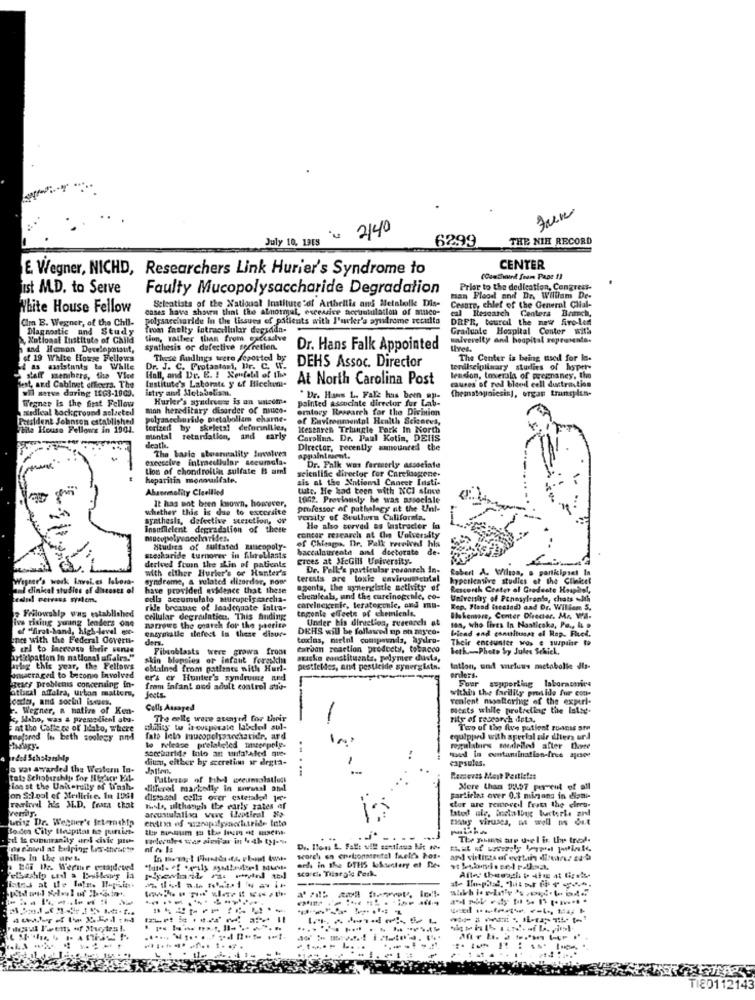
Jun
= 2140
July 10, 13ES
6299
THE NIH RECORD
E. Wegner, NICHD, Researchers Link Hurier's Syndrome to
CENTER
(Canthuurd from Pape 1)
ist M.D. to Serve
Faulty Mucopolysaccharide Degradation
Prior to the dedication, Congress-
Scientists of the Xatioual Institute of Arthellis and Metalolle Dis-
man Flood and Dr. William De-
White House Fellow
cases have shown that the abnormal, excessive accuutulation of minco-
Cesare, chief of the General Glial-
polysaccharide in the tissues of patients with l'ueler's ayudrome seculto
DRFR, tourel the new firo-led
cal Research Centera Bench,
Cim E. Wegner, of the Chil-
Diagnostic and Study
from fhelty latracelular dopsdda-
Graduale Hospital Center with
National Institute of Child
tion, rather than from gaecasve
univerelty and hospital representa-
synthesis or defective serretion.
Dr. Hans Falk Appointed
Ives.
of 19 White House Fellows
These findings were feposted by
DEHS Assoc. Director
The Center is being used for In-
4 as assistants to Walle
Dr. J. C. Frotaatari, Bir. C. W.
terdisciplinary studies of hisper-
laff members, the Vice
Institute's Laborte y of Hicehun-
Hall, and De. E. ! Senfeld of the
At North Carolina Post
causes of red blood cell ductraction
tension, toverala of pregnancy, the
fest, and Cabinet effeers. The
wil serve during 1863-1960.
istry and Metabolism.
(hematopoiesis), organ transplan-
Wegner is the first Fellow
Hurler's syadresse is on watconte
painted associate director fur Lab-
" Dr. Hans L. Falz has been ap-
medieal background solveted
mon hereditary disorder of niuco-
oratory Research for the Division
Patsident Johnson established
polyancchoride Dietabolism chame-
of Environmental Health Sciences,
tila House Fellows in 1904.
terized by skeletal defurnilies,
Kesenren Trlungle Fork In North
mental retardation, and early
Carolina. Dr. Paul Kotin, DELS
death.
The basic stoareality frealves
Director, recently announced the
excessive intracellular secumola.
appointment.
Lios of chondroitin sulfate B url
scientific director for Carelusogene-
Dr. Falk was formerly associate
heparitin monowilfate.
sis al the National Cancer Insti-
Abuenmolity Cleellied
tute. He had been with NCI since
It has not been known, however,
1002. Previously he was associale
whether this is due to excersite
professor of pathology at the Unt-
synthesis, defective sterction, or
vensity of Southern California.
insufllelent degradation of thete
Ho also served as fastracter in
contar research at Che Volversity
of Chicago. Dr. Falk received his
Studies of sulfated zincopoly-
baccalaureate and doctorate de-
stesharide turnorer in Abreblasts
grees at JEcGill University-
derived from the skin of patients
with either Hurler's or Hunter's
Dr. Fell's particular rosanreh in-
Robert A. Wilson, a participant In
Wegner's work inveLes labora-
syndrome, a related dizorder, nowe
terests are loxle enviroutetial
hypertensive studies of the Clinicel
amd dinical studies of diseases of
have provided evidence that these
agents, the syrieneistie activity of
Rescorch Center of Credente Heaphel,
cesiuel veivass system.
edla accumulalo aucuneissaccha-
chemicals, und the cureinogchle, co-
University of Pennsylrento, chats with
Fellowship was e
rile breaaac of laadequate falta-
carelnegenic, teratogenic, and ma-
togente effects of chemicals.
Rep. Fland frestad) and Dr. William 5.
Ive rising young lenders one
cellular degralatien, This finding
Under his direction, research at
Blakemare, Center Director. Ma Wa.
of "firat-band, high-level -
marrows the coareh for the petite
enzypialle alefest In these disur-
DEHS will be followed up on nis co-
san, who lives In Nosticake, Pa ., & o
biend and canutituant of Hap. Flet,
ine with the Federal Ooverti-
ders.
toxins, meinl compounds, ayslro-
Their encounter wos e surprise to
url to Increase their sense
Fibroblasts were grown from
caroon reaction prodecty, tobacco
Beth-Photo Sy Jules Schick,
anticipation In national affairs.""
skin blepsies or infaut foreskin
sticks constituants. polymer dusta,
urlg this year, the Fellows
obtained from patients with Hurl-
pesticides, and pesticide synergists.
tation, und warluus metabolle dis-
umacra ged to becomo involved
ers er Hunter's syndrome ned
orders.
Four supporting laboraomics
geary problems concering in-
atbral affaira, urban matters,
from infant and adult control she-
within the farilily provide fur con-
dudas, and social issues.
Jects.
venient montering of the experi-
. Wegner, a native of Ken-
Cells Assayed
Ments while protecting the lateg.
<, Maho, was a premodienl atu-
The cells were suayrd for their
-
rity of research deta.
Fat tho Calle ce of Idato, where
aimility w inovapirate labeled sul-
Two of the five patient runas are
nefared lis beth soology and
fato leto mucopolysaccharide, ard
-
equipped with aperfal oir dhier ord
saccharide into an tufatafed que-
to release prelabeled museepele.
regulaburs mediriled after Date
vocale
dium, either by secretion ir degta-
wowdin euntanination-free
capsules.
o was awarded the Western In.
Jatien,
.....
tat: Schoberships for Itvr F-
Patterns of bibel ereumalatlust
laest the University of Wash.
differel markedly in sorssal and
Mere than 2.97 percent of all
on S:lool ef Medlicice. In 1961
partirlas over 0.3 minans in dizni-
der are removeil frett the elreu-
venray.
rawird his SL.D. frara that
arcustulalixa weg ileptical Ho
latot ule, instalbug bacterie and
uting Dr. Webher's feternship
Boden City Ilespital to purLitt.
od ls cuburanily ard civic pro-
....
The points are uwel in the trest.
on n'aweil at belping Lis-sneatte
D .. Tous L. Falls vill santiaus bit
itis In the ures
scorch en entionsrental frell's hos.
ards in the DTHS lossectary et Des
--
After theeach p 4fog at tigel.
---------...
..
TI80112143